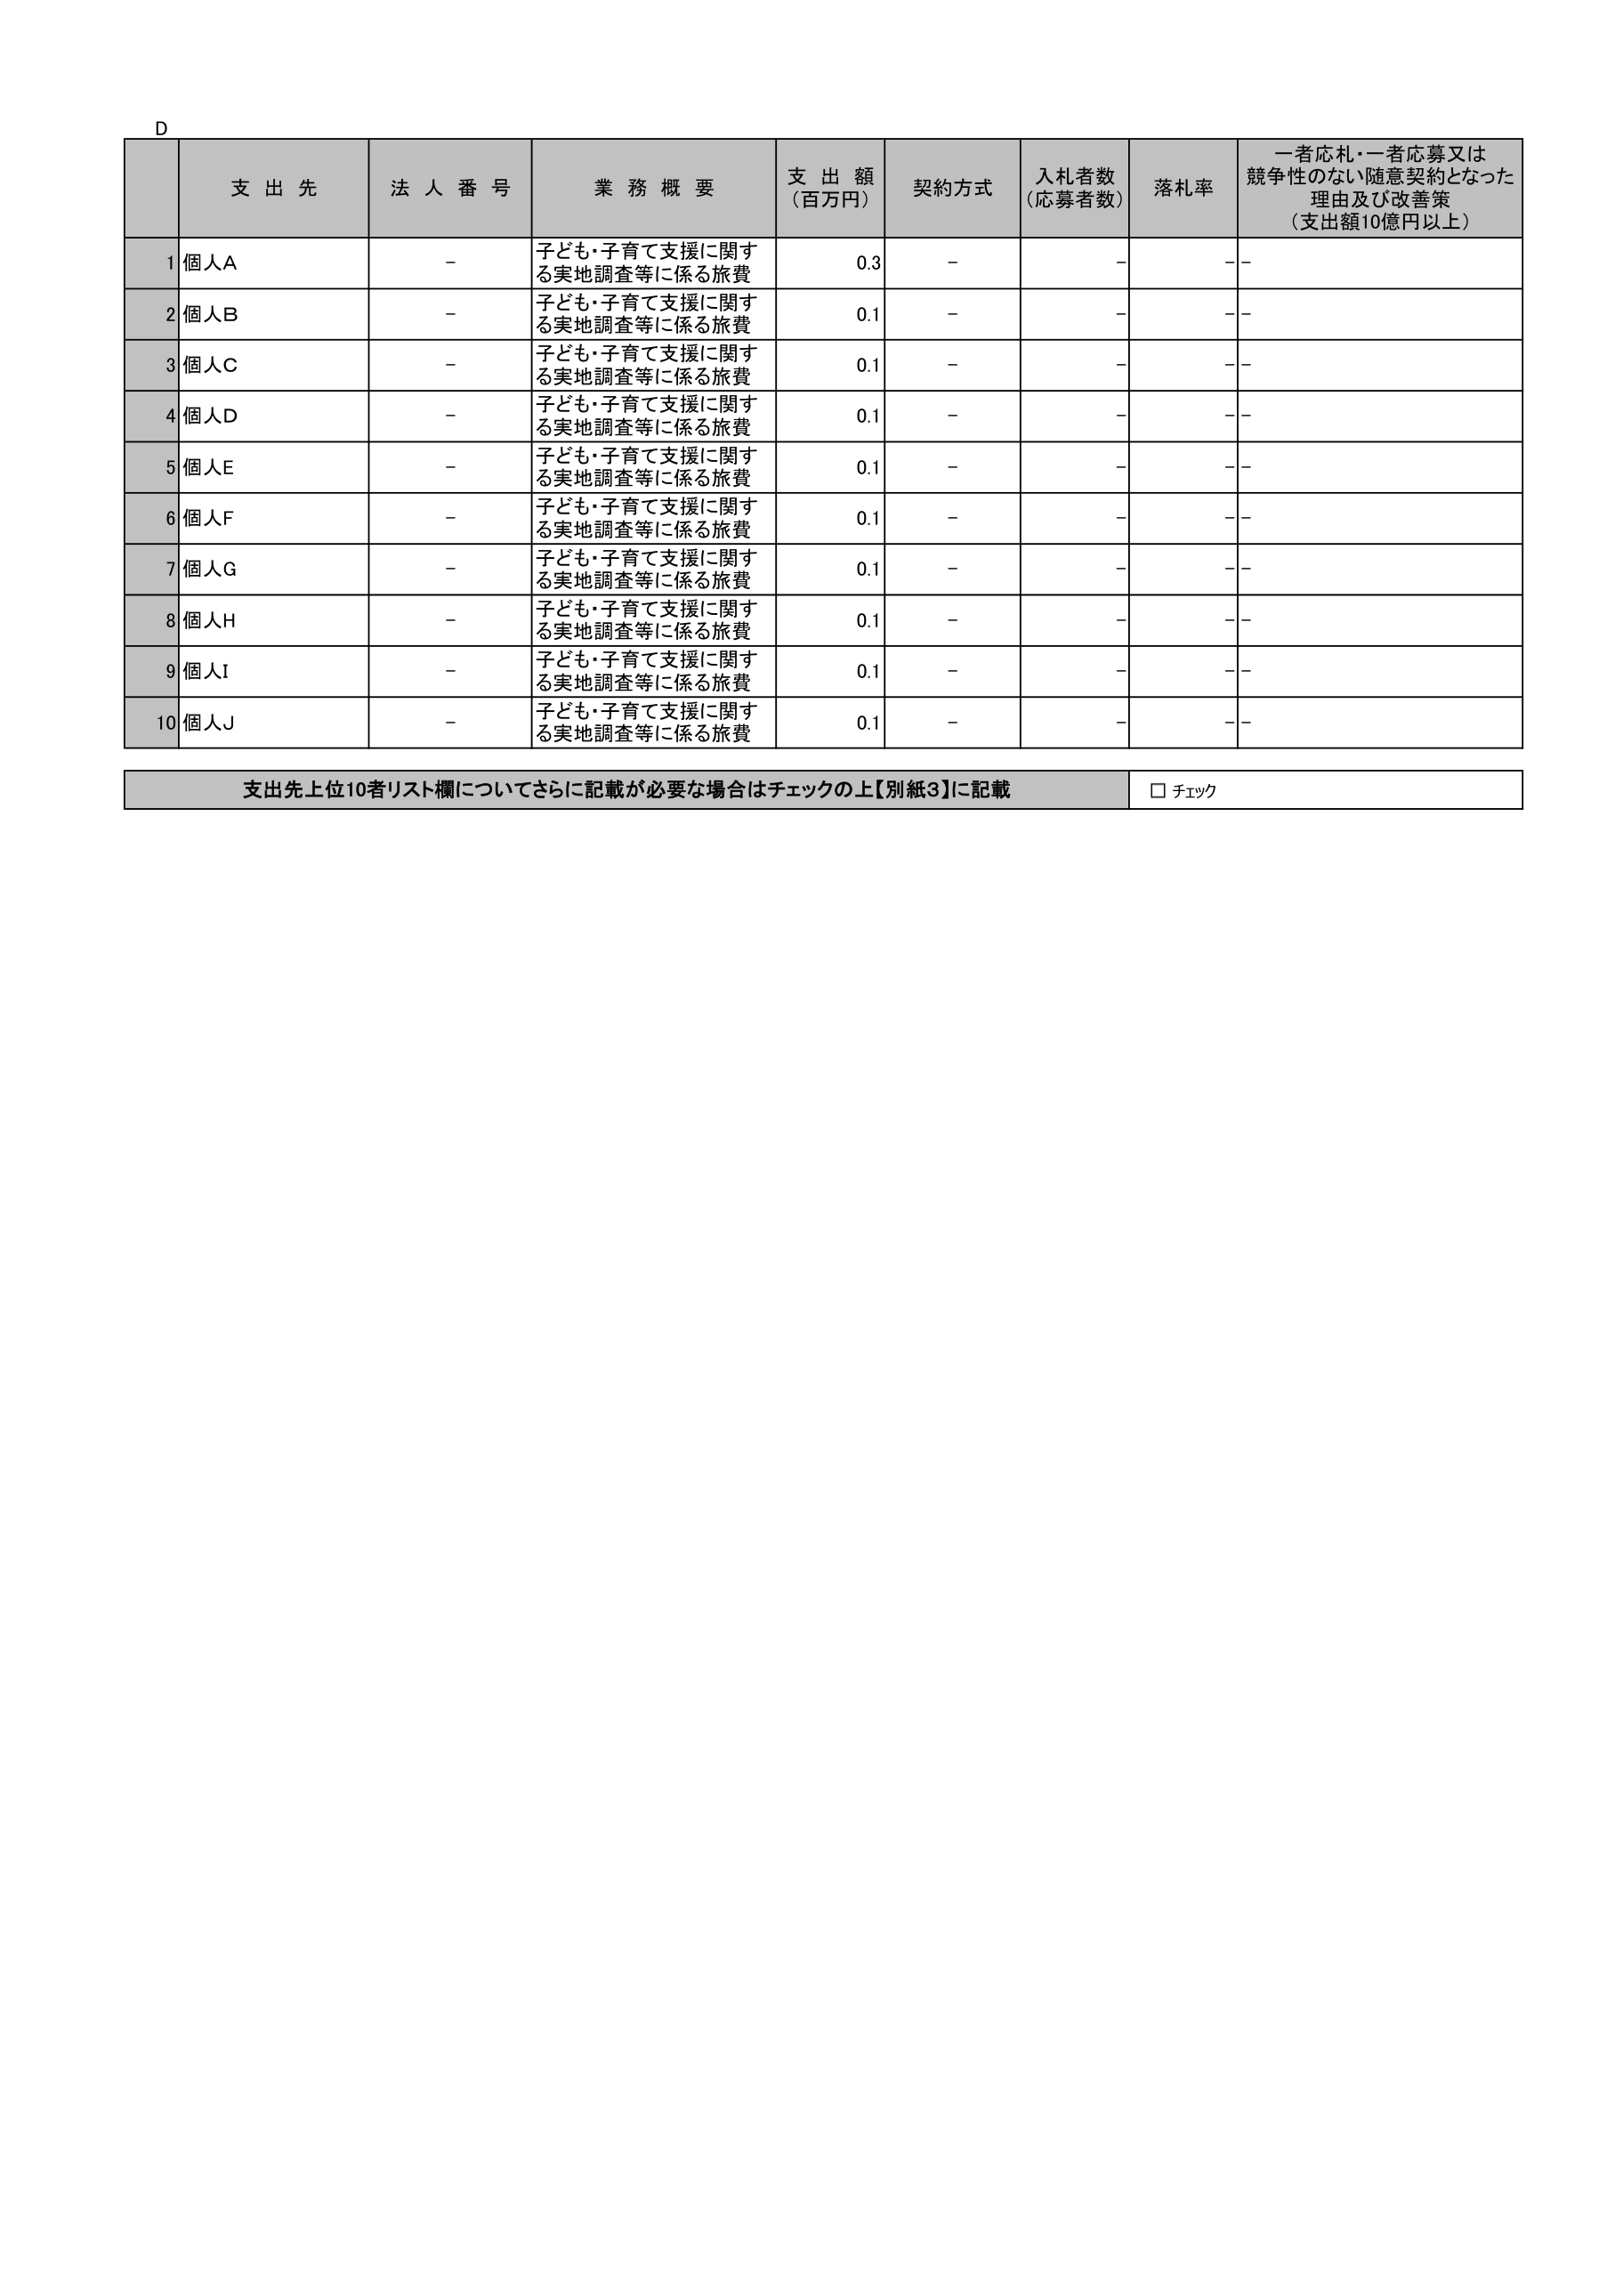
D
支出先 法人番号 業務概要 支出額（百万円） 契約方式 入札者数（応募者数） 落札率 一者応札・一者応募又は競争性のない随意契約となった理由及び改善策（支出額10億円以上）
1 個人A - 子ども・子育て支援に関する実地調査等に係る旅費 0.3 - - - -
2 個人B - 子ども・子育て支援に関する実地調査等に係る旅費 0.1 - - - -
3 個人C - 子ども・子育て支援に関する実地調査等に係る旅費 0.1 - - - -
4 個人D - 子ども・子育て支援に関する実地調査等に係る旅費 0.1 - - - -
5 個人E - 子ども・子育て支援に関する実地調査等に係る旅費 0.1 - - - -
6 個人F - 子ども・子育て支援に関する実地調査等に係る旅費 0.1 - - - -
7 個人G - 子ども・子育て支援に関する実地調査等に係る旅費 0.1 - - - -
8 個人H - 子ども・子育て支援に関する実地調査等に係る旅費 0.1 - - - -
9 個人I - 子ども・子育て支援に関する実地調査等に係る旅費 0.1 - - - -
10 個人J - 子ども・子育て支援に関する実地調査等に係る旅費 0.1 - - - -
支出先上位10者リスト欄についてさらに記載が必要な場合はチェックの上【別紙3】に記載 □ チェック